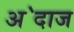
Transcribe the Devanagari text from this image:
अ॓दाज